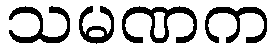
သမဏက